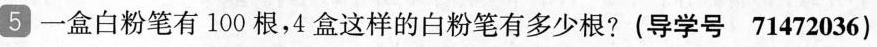
5一盒白粉笔有100根，4盒这样的白粉笔有多少根?(导学号71472036)